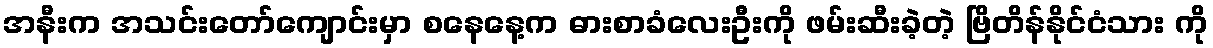
အနီးက အသင်းတော်ကျောင်းမှာ စနေနေ့က ဓားစာခံလေးဦးကို ဖမ်းဆီးခဲ့တဲ့ ဗြိတိန်နိုင်ငံသား ကို